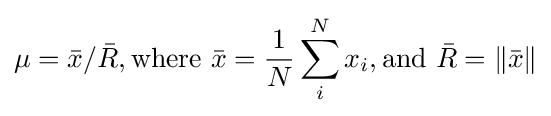
\mu ={\bar {x}}/{\bar {R}},{\text{where }}{\bar {x}}={\frac {1}{N}}\sum _{i}^{N}x_{i},{\text{and }}{\bar {R}}=\|{\bar {x}}\|